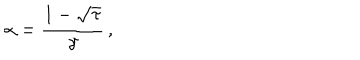
\alpha = \frac { 1 - \sqrt { \tau } } { \gamma } \, ,